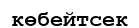
көбейтсек